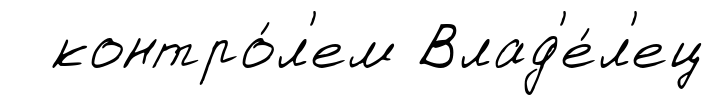
контро́л'ем Влад'е́л'ец